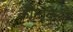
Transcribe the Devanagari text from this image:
कौन्द्केरा